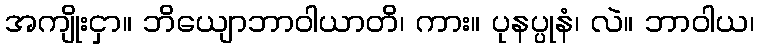
အကျိုးငှာ။ ဘိယျောဘာဝါယာတိ၊ ကား။ ပုနပ္ပုနံ၊ လဲ။ ဘာဝါယ၊